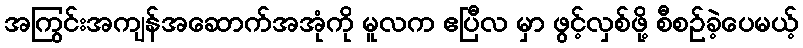
အကြွင်းအကျန်အဆောက်အအုံကို မူလက ဧပြီလ မှာ ဖွင့်လှစ်ဖို့ စီစဉ်ခဲ့ပေမယ့်